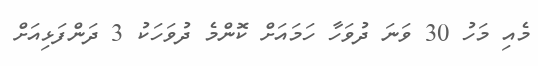
މެއި މަހު 30 ވަނަ ދުވަހާ ހަމައަށް ކޮންމެ ދުވަހަކު 3 ދަންފަޅިއަށް